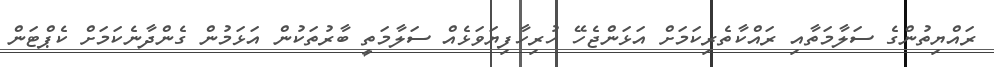
ރައްޔިތުންގެ ސަލާމަތާއި ރައްކާތެރިކަމަށް އަޅަންޖެހޭ ހުރިހާފިޔަވަޅެއް ސަލާމަތީ ބާރުތަކުން އަޅަމުން ގެންދާނެކަމަށް ކެޕްޓަން